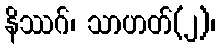
နိဿဂ်၊ သာဟတ်(၂)၊